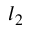
l _ { 2 }